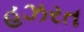
હઝરત